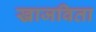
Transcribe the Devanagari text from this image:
खाजविता